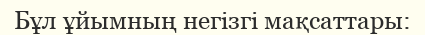
Бұл ұйымның негізгі мақсаттары: